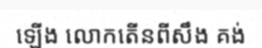
ឡើង លោកតើនពីសឹង គង់